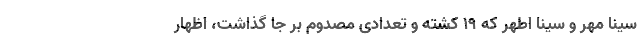
سینا مهر و سینا اطهر که 19 کشته و تعدادی مصدوم بر‌ جا گذاشت، اظهار